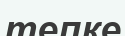
тепке